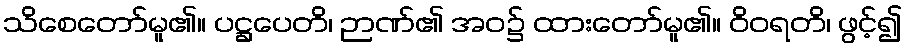
သိစေတော်မူ၏။ ပဋ္ဌပေတိ၊ ဉာဏ်၏ အဝ၌ ထားတော်မူ၏။ ဝိဝရတိ၊ ဖွင့်၍